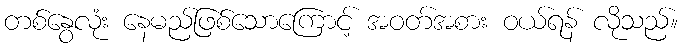
တစ်နွေလုံး နေမည်ဖြစ်သောကြောင့် အဝတ်အစား ဝယ်ရန် လိုသည်။